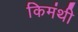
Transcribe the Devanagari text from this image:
किमंथी